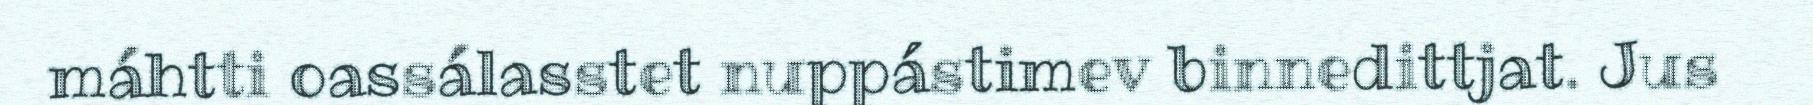
máhtti oassálasstet nuppástimev binnedittjat. Jus